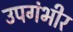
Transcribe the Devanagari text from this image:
उपगंभीर